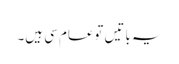
یہ باتیں توعام سی ہیں۔